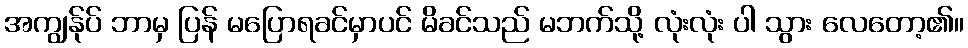
အကျွန်ုပ် ဘာမှ ပြန် မပြောရခင်မှာပင် မိခင်သည် မဘက်သို့ လုံးလုံး ပါ သွား လေတော့၏။